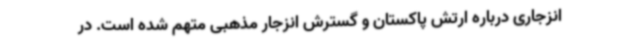
انزجاری درباره ارتش پاکستان و گسترش انزجار مذهبی متهم شده است. در